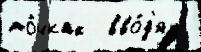
то́чках  вво́д'ят